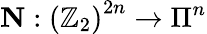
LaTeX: \mathbf{N}:\left(\mathbb{Z}_{2}\right)^{2n}\rightarrow\Pi^{n}